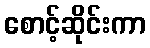
စောင့်ဆိုင်းကာ